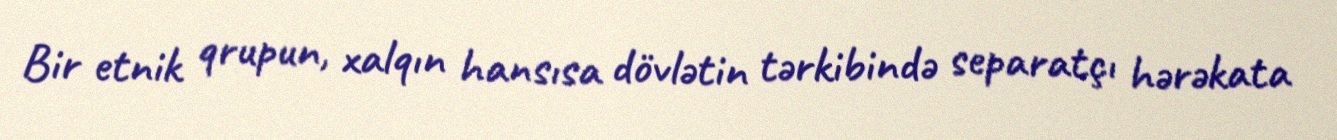
Bir etnik qrupun, xalqın hansısa dövlətin tərkibində separatçı hərəkata